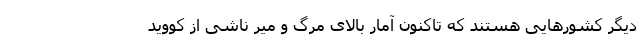
دیگر کشورهایی هستند که تاکنون آمار بالای مرگ‌ و میر ناشی از کووید